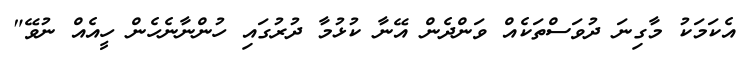
އެކަމަކު މާގިނަ ދުވަސްތަކެއް ވަންދެން އޭނާ ކުޅުމާ ދުރުގައި ހުންނާނެހެން ހީއެއް ނުވޭ"